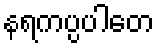
နရကပ္ပပါတေ